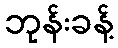
ဘုန်းခန့်